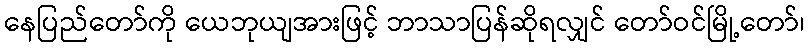
နေပြည်တော်ကို ယေဘုယျအားဖြင့် ဘာသာပြန်ဆိုရလျှင် တော်ဝင်မြို့တော်၊